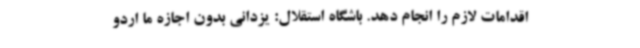
اقدامات لازم را انجام دهد. باشگاه استقلال: یزدانی بدون اجازه ما اردو